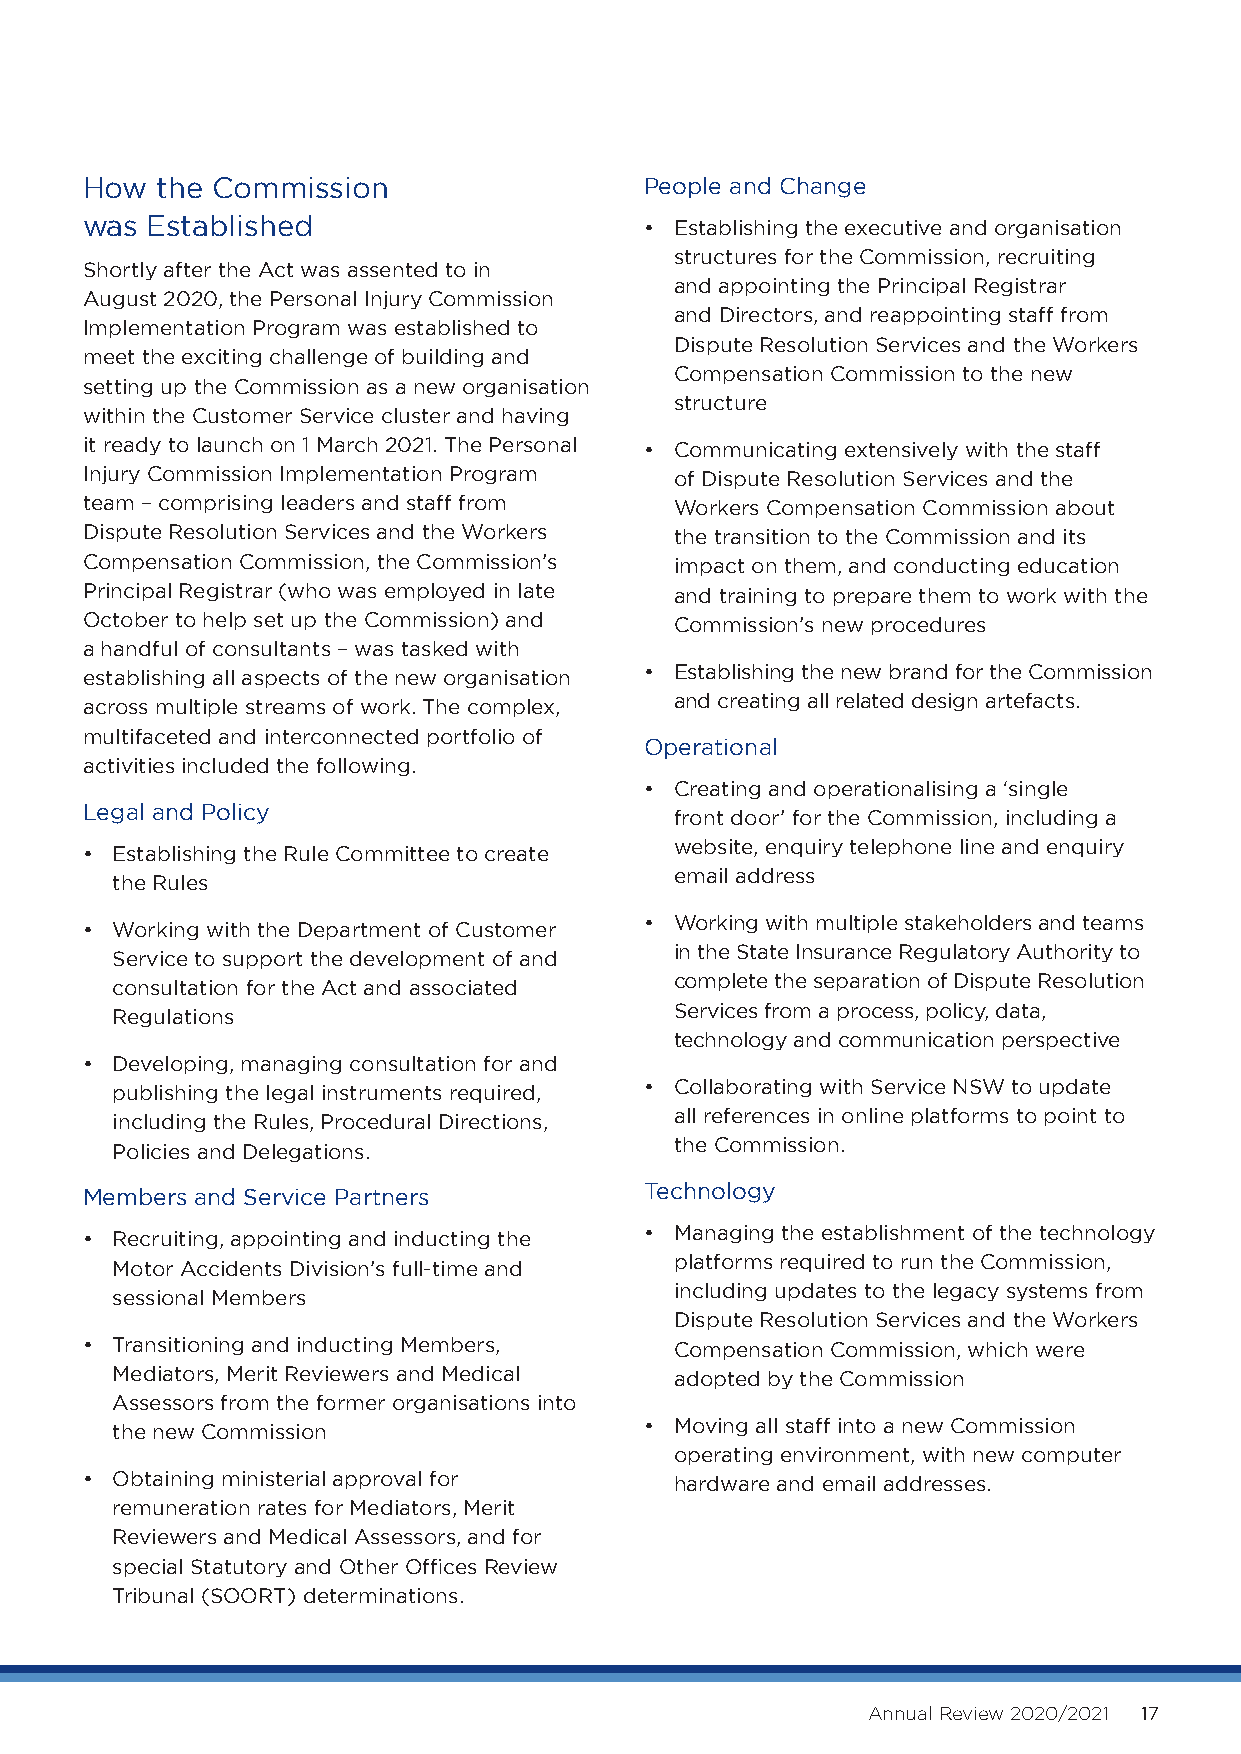
How  the Commission                   People and Change
 was  Established                      • E stablishing the executive and organisation
 structures for the Commission, recruiting
 Shortly after the Act was assented to in
 and appointing the Principal Registrar
 August 2020, the Personal Injury Commission
 and Directors, and reappointing staff from
 Implementation Program was established to
 Dispute Resolution Services and the Workers
 meet the exciting challenge of building and
 Compensation Commission to the new
 setting up the Commission as a new organisation
 structure
 within the Customer Service cluster and having
 it ready to launch on 1 March 2021. The Personal • C ommunicating extensively with the staff
 Injury Commission Implementation Program of Dispute Resolution Services and the
 team – comprising leaders and staff from Workers Compensation Commission about
 Dispute Resolution Services and the Workers the transition to the Commission and its
 Compensation Commission, the Commission’s impact on them, and conducting education
 Principal Registrar (who was employed in late and training to prepare them to work with the
 October to help set up the Commission) and Commission’s new procedures
 a handful of consultants – was tasked with
 • E stablishing the new brand for the Commission
 establishing all aspects of the new organisation
 and creating all related design artefacts.
 across multiple streams of work. The complex,
 multifaceted and interconnected portfolio of
 Operational
 activities included the following.
 • C reating and operationalising a ‘single
 Legal and Policy
 front door’ for the Commission, including a
 website, enquiry telephone line and enquiry
 • E stablishing the Rule Committee to create
 email address
 the Rules
 • W orking with multiple stakeholders and teams
 • W orking with the Department of Customer
 in the State Insurance Regulatory Authority to
 Service to support the development of and
 complete the separation of Dispute Resolution
 consultation for the Act and associated
 Services from a process, policy, data,
 Regulations
 technology and communication perspective
 • D eveloping, managing consultation for and
 • C ollaborating with Service NSW to update
 publishing the legal instruments required,
 all references in online platforms to point to
 including the Rules, Procedural Directions,
 the Commission.
 Policies and Delegations.
 Technology
 Members and Service Partners
 • M anaging the establishment of the technology
 • R ecruiting, appointing and inducting the
 platforms required to run the Commission,
 Motor Accidents Division’s full-time and
 including updates to the legacy systems from
 sessional Members
 Dispute Resolution Services and the Workers
 • T ransitioning and inducting Members, Compensation Commission, which were
 Mediators, Merit Reviewers and Medical adopted by the Commission
 Assessors from the former organisations into
 • M oving all staff into a new Commission
 the new Commission
 operating environment, with new computer
 • O btaining ministerial approval for   hardware and email addresses.
 remuneration rates for Mediators, Merit
 Reviewers and Medical Assessors, and for
 special Statutory and Other Offices Review
 Tribunal (SOORT) determinations.
 Annual Review 2020/2021 17